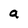
Character: a